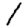
Digit: 1